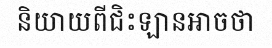
និយាយពីជិះឡានអាចថា